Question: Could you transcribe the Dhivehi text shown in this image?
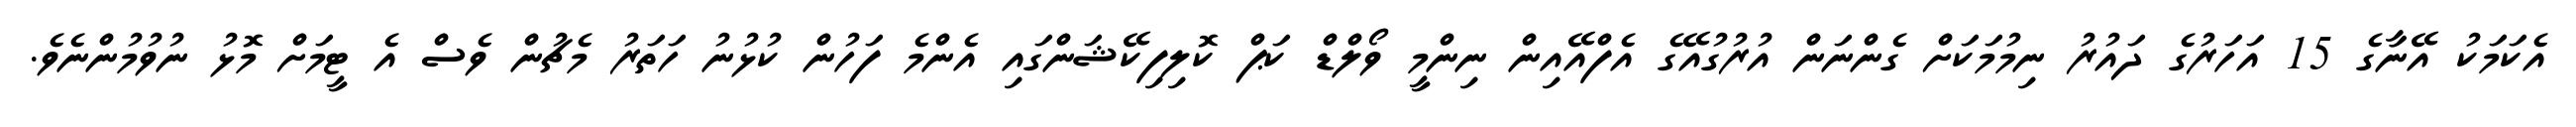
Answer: އެކަމަކު އޭނާގެ 15 އަހަރުގެ ދައުރު ނިމުމަކަށް ގެންނަން އުރުގުއޭގެ އެފްއޭއިން ނިންމީ ވޯލްޑް ކަޕް ކޮލިފިކޭޝަންގައި އެންމެ ފަހުން ކުޅުނު ހަތަރު މެޗުން ވެސް އެ ޓީމަށް މޮޅު ނުވުމުންނެވެ.